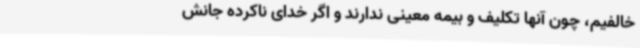
خالفیم، چون آنها تکلیف و بیمه معینی ندارند و اگر خدای ناکرده جانش